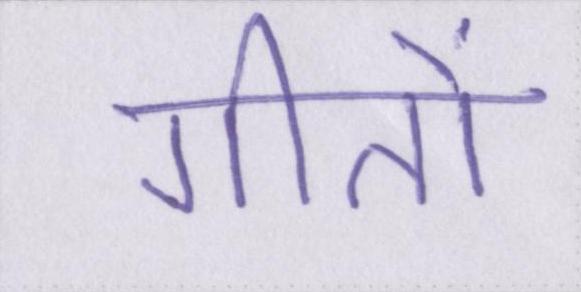
गीतों